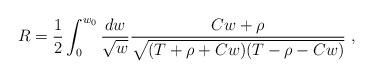
LaTeX: \begin{align*}R = \frac{1}{2} \int_0^{w_0} \frac{dw}{\sqrt{w}}\frac{Cw+\rho}{ \sqrt{(T+\rho+C w)(T-\rho-C w)}}\ ,\end{align*}